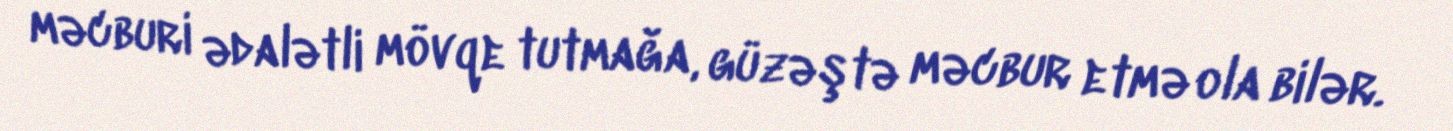
məcburi ədalətli mövqe tutmağa, güzəştə məcbur etmə ola bilər.